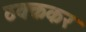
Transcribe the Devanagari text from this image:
ठक्ककर